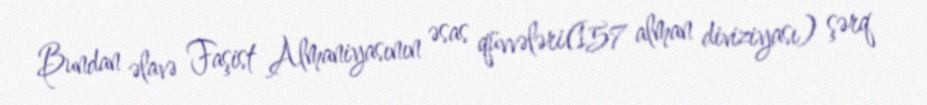
Bundan əlavə Faşist Almaniyasının əsas qüvvələri(157 alman diviziyası) şərq